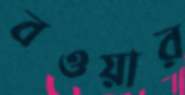
বওয়ার